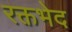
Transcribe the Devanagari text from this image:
रक्तभेद